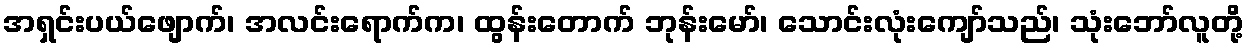
အရှင်းပယ်ဖျောက်၊ အလင်းရောက်က၊ ထွန်းတောက် ဘုန်းမော်၊ သောင်းလုံးကျော်သည်၊ သုံးဘော်လူတို့